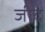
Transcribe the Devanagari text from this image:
जीद